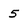
Character: 5